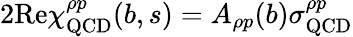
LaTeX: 2\mathrm{Re}\chi_{\mathrm{QCD}}^{\rho p}(b,s)=A_{\rho p}(b)\sigma_{\mathrm{QCD}}^{\rho p}